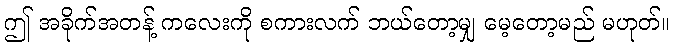
ဤ အခိုက်အတန့် ကလေးကို စကားလက် ဘယ်တော့မျှ မေ့တော့မည် မဟုတ်။